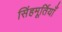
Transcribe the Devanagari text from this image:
सिंहमूर्तियाँ